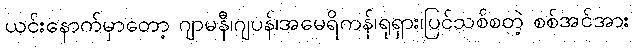
ယင်းနောက်မှာတော့ ဂျာမနီ၊ဂျပန်၊အမေရိကန်၊ရုရှား၊ပြင်သစ်စတဲ့ စစ်အင်အား